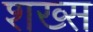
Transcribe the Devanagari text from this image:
शख्‍स